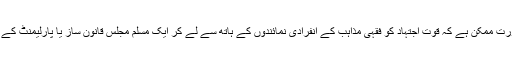
اقبال کے نزدیک عصر حاضر میں اجماع کی یہی صورت ممکن ہے کہ قوت اجتہاد کو فقہی مذاہب کے انفرادی نمائندوں کے ہاتھ سے لے کر ایک مسلم مجلس قانون ساز یا پارلیمنٹ کے سپرد کر دیا جائے جسے علماء کی رہنمائی حاصل ہو۔